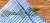
كارلسون